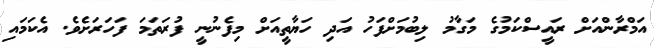
އަމްރާންއަށް ރައީސްކަމުގެ މަގާމު ލިބުމަށްފަހު އަދި ހަޔާތީއަށް މިފެނުނީ ފުރަތަމަ ފަހަރަށެވެ. އެކަމައި